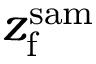
z _ { \mathrm { f } } ^ { \mathrm { s a m } }